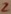
Text: 2